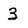
Character: 3